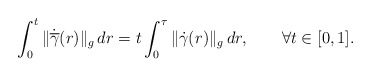
\begin{align*} \int_0^t \|\dot{\overline\gamma}(r)\|_g\,dr=t \int_0^\tau \| \dot{\gamma}(r)\|_g\,dr,\qquad\forall t\in[0,1].\end{align*}